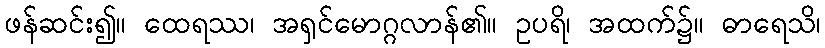
ဖန်ဆင်း၍။ ထေရဿ၊ အရှင်မောဂ္ဂလာန်၏။ ဥပရိ၊ အထက်၌။ ဓာရေသိ၊